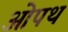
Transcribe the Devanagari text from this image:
ओपथ